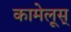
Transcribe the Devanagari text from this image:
कामेलूस्